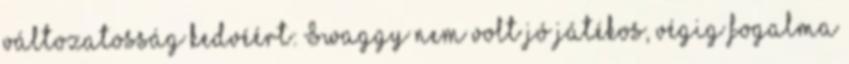
változatosság kedvéért: Swaggy nem volt jó játékos, végig fogalma